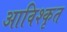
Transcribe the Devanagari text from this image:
आविश्कृत